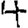
Digit: 4